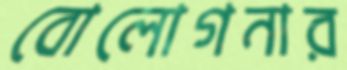
বোলোগনার